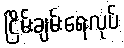
ငြိမ်းချမ်းရေးလုပ်